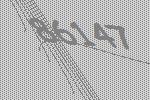
86147